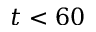
t < 6 0